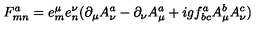
F _ { m n } ^ { a } = e _ { m } ^ { \mu } e _ { n } ^ { \nu } ( \partial _ { \mu } A _ { \nu } ^ { a } - \partial _ { \nu } A _ { \mu } ^ { a } + i g f _ { b c } ^ { a } A _ { \mu } ^ { b } A _ { \nu } ^ { c } )